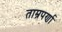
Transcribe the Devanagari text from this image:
ताम्रपर्णा